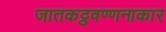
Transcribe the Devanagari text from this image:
जातकट्ठवण्णनाकार